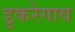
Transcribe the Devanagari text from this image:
डुकरेगाव